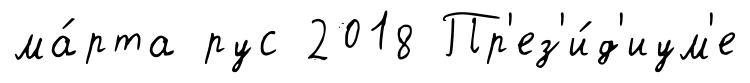
ма́рта рус 2018 Пр'ез'и́д'иум'е